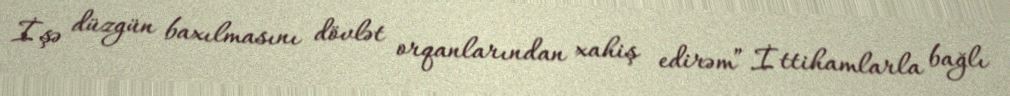
İşə düzgün baxılmasını dövlət orqanlarından xahiş edirəm”.İttihamlarla bağlı